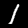
Label: 1